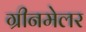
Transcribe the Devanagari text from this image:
ग्रीनमेलर